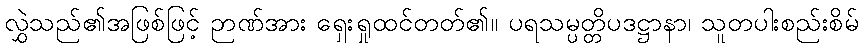
လွှဲသည်၏အဖြစ်ဖြင့် ဉာဏ်အား ရှေးရှုထင်တတ်၏။ ပရသမ္ပတ္တိပဒဋ္ဌာနာ၊ သူတပါးစည်းစိမ်